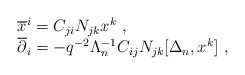
\begin{align*}\begin{array}{l}{\overline x^i}=C_{ji}N_{jk}x^k~,\\{\overline \partial_i}=-q^{-2}\Lambda_{n}^{-1}C_{ij}N_{jk}[\Delta_n,x^k]~,\end{array}\end{align*}